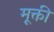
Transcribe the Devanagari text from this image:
मूक्ती